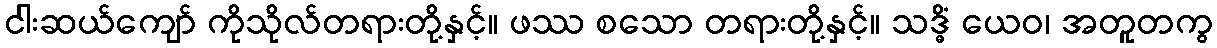
ငါးဆယ်ကျော် ကိုသိုလ်တရားတို့နှင့်။ ဖဿ စသော တရားတို့နှင့်။ သဒ္ဓိံ ယေဝ၊ အတူတကွ